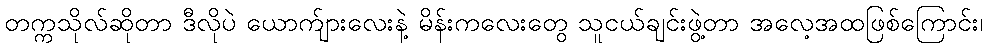
တက္ကသိုလ်ဆိုတာ ဒီလိုပဲ ယောက်ျားလေးနဲ့ မိန်းကလေးတွေ သူငယ်ချင်းဖွဲ့တာ အလေ့အထဖြစ်ကြောင်း၊